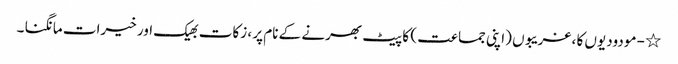
٭ - مودودیوں کا ، غریبوں (اپنی جماعت ) کا پیٹ بھرنے کے نام پر ، زکات بھیک اور خیرات مانگنا ۔